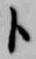
卜